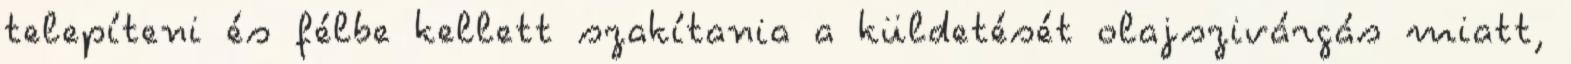
telepíteni és félbe kellett szakítania a küldetését olajszivárgás miatt,